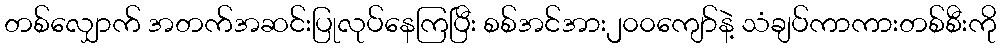
တစ်လျှောက် အတက်အဆင်းပြုလုပ်နေကြပြီး စစ်အင်အား၂၀၀ကျော်နဲ့ သံချပ်ကာကားတစ်စီးကို